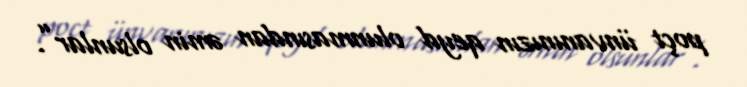
poçt ünvanınızın qeyd olunmasından əmin olsunlar”.